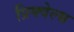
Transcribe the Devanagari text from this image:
प्रिक्वेल्स